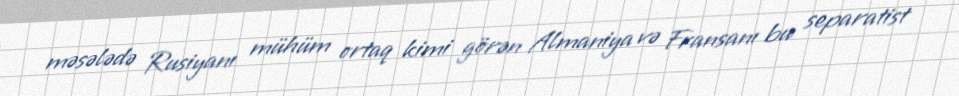
məsələdə Rusiyanı mühüm ortaq kimi görən Almaniya və Fransanı bu separatist